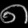
Digit: ၈